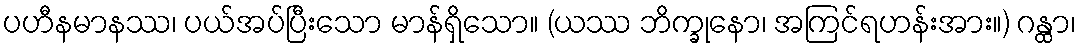
ပဟီနမာနဿ၊ ပယ်အပ်ပြီးသော မာန်ရှိသော။ (ယဿ ဘိက္ခုနော၊ အကြင်ရဟန်းအား။) ဂန္ထာ၊